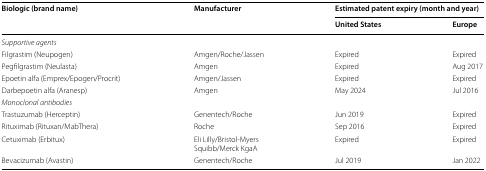
| <ROWSPAN=2> Biologic (brand name) | <ROWSPAN=2> Manufacturer | <COLSPAN=2> Estimated patent expiry (month and year) |
 | United States | Europe |
 | --- | --- | --- | --- |
 | <COLSPAN=4> Supportive agents |
 | Filgrastim (Neupogen) | Amgen/Roche/Jassen | Expired | Expired |
 | Pegfilgrastim (Neulasta) | Amgen | Expired | Aug 2017 |
 | Epoetin alfa (Emprex/Epogen/Procrit) | Amgen/Jassen | Expired | Expired |
 | Darbepoetin alfa (Aranesp) | Amgen | May 2024 | Jul 2016 |
 | <COLSPAN=4> Monoclonal antibodies |
 | Trastuzumab (Herceptin) | Genentech/Roche | Jun 2019 | Expired |
 | Rituximab (Rituxan/MabThera) | Roche | Sep 2016 | Expired |
 | Cetuximab (Erbitux) | Eli Lilly/Bristol-MyersSquibb/Merck KgaA | Expired | Expired |
 | Bevacizumab (Avastin) | Genentech/Roche | Jul 2019 | Jan 2022 |